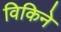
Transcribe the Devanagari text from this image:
विकिने